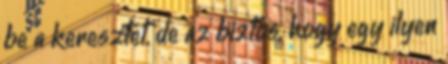
be a keresztet, de az biztos, hogy egy ilyen